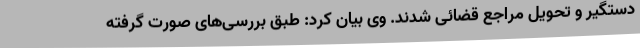
دستگیر و تحویل مراجع قضائی شدند. وی بیان کرد: طبق بررسی‌های صورت گرفته